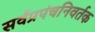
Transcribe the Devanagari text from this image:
सर्वप्रपंचनिवर्तक